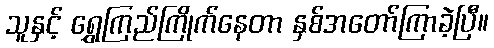
သူနှင့် ရွှေကြည်ကြိုက်နေတာ နှစ်အတော်ကြာခဲ့ပြီ။